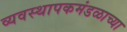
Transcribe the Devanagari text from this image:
व्यवस्थापकमंडळाच्या